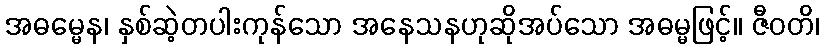
အဓမ္မေန၊ နှစ်ဆဲ့တပါးကုန်သော အနေသနဟုဆိုအပ်သော အဓမ္မဖြင့်။ ဇီဝတိ၊